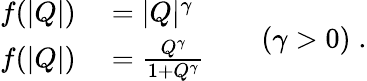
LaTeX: \begin{array}{rl}{f(|Q|)}&{{}=|Q|^{\gamma}}\\ {f(|Q|)}&{{}=\frac{Q^{\gamma}}{1+Q^{\gamma}}}\end{array}\qquad(\gamma>0)\; .